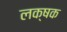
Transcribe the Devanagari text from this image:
लक्षक